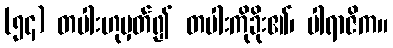
(၅၄) တပါးဟုမှတ်၍ တပါးကိုခိုး၏၊ ပါရာဇိက။